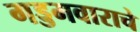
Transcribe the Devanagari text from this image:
गड्डमवाराचे